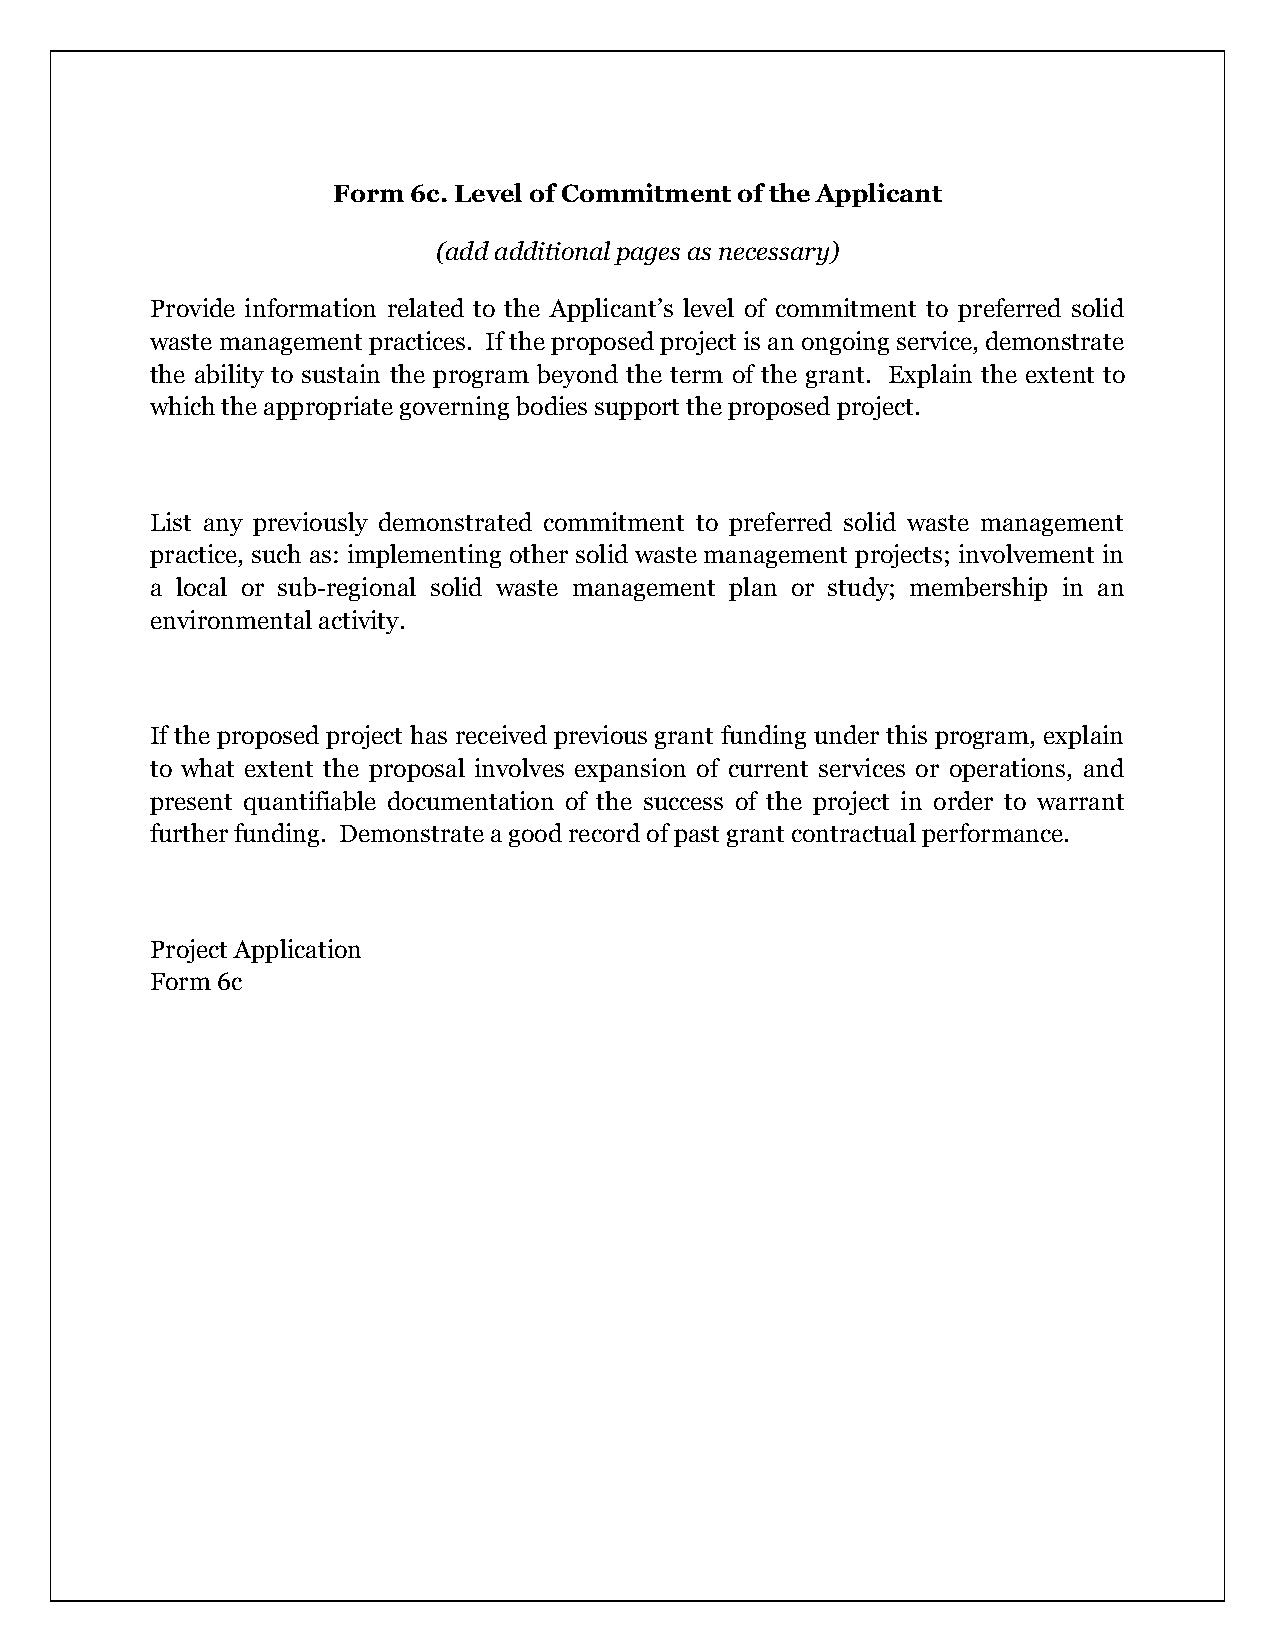
Form 6c. Level of Commitment of the Applicant
 (add additional pages as necessary)
 Provide information related to the Applicant’s level of commitment to preferred solid
 waste management practices. If the proposed project is an ongoing service, demonstrate
 the ability to sustain the program beyond the term of the grant. Explain the extent to
 which the appropriate governing bodies support the proposed project.
 List any previously demonstrated commitment to preferred solid waste management
 practice, such as: implementing other solid waste management projects; involvement in
 a local or sub-regional solid waste management plan or study; membership in an
 environmental activity.
 If the proposed project has received previous grant funding under this program, explain
 to what extent the proposal involves expansion of current services or operations, and
 present quantifiable documentation of the success of the project in order to warrant
 further funding. Demonstrate a good record of past grant contractual performance.
 Project Application
 Form 6c